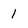
Character: 1